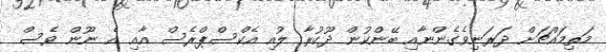
މަތިމައްޗަށް ދަރަނިވެގެންނާއި ބޭންކުން ދޫކުރާ ލުއި އެކްސްޕްރެސް އާއި އެ ނޫން ވެސް